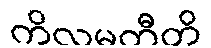
ကိလမတီတိ